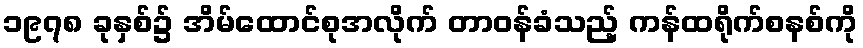
၁၉၇၈ ခုနှစ်၌ အိမ်ထောင်စုအလိုက် တာဝန်ခံသည့် ကန်ထရိုက်စနစ်ကို